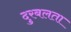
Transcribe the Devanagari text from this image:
दुरबलता